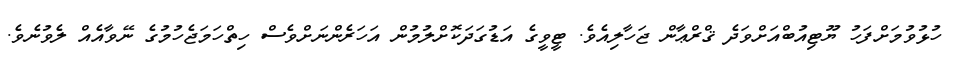
ހުޅުވުމަށްފަހު ޔޫޓިއުބްއަށްވަދެ ޤްރްޢާން ޖަހާލިއެވެ. ޓީވީގެ އަޑުގަދަކޮށްލުމުން އަހަރެންނަށްވެސް ހިތްހަމަޖެހުމުގެ ނޭވާއެއް ލެވުނެވެ.